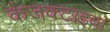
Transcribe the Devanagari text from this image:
कंजक्टाइवा